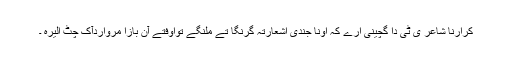
کرارنا شاعر ی ٹی دا گچینی ارے کہ اونا جندی اشعارتہ گرنگا تے ملنگے تواوفتے آن بازا مُرواردآک چٹ الیرہ ۔